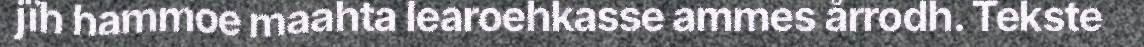
jïh hammoe maahta learoehkasse ammes årrodh. Tekste